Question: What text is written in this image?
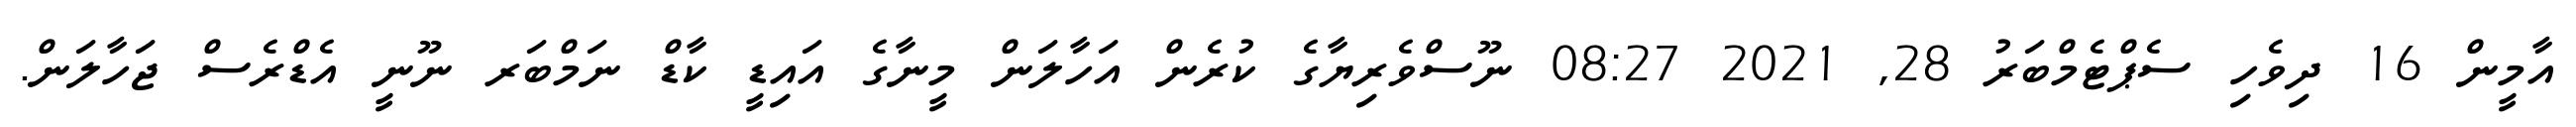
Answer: އާމީން 16 ދިވެހި ސެޕްޓެމްބަރު 28, 2021 08:27 ނޫސްވެރިޔާގެ ކުރެން އަހާލަން މީނާގެ އައިޑީ ކާޑް ނަމްބަރ ނޫނީ އެޑްރެސް ޖަހާލަން.